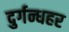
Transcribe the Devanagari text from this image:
दुर्गन्धहर